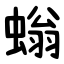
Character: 螉